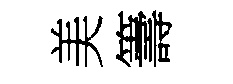
美籌